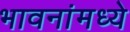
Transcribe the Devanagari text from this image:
भावनांमध्ये